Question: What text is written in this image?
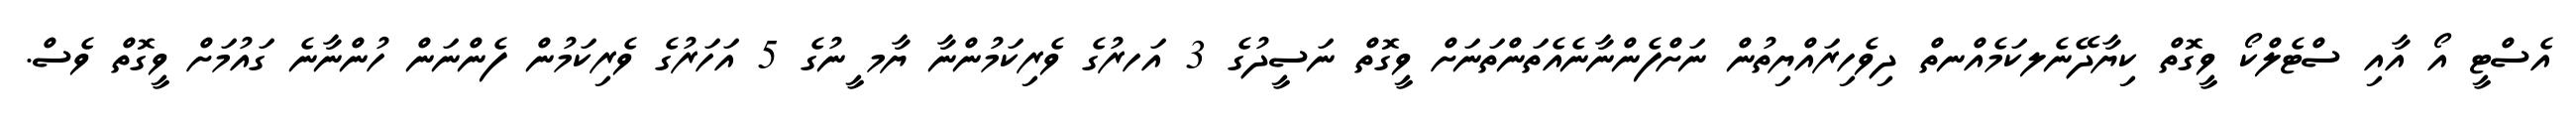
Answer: އެސްޓީ އޯ އާއި ސްޓެލްކޯ ވީގޮތް ކިޔާދޭނެލކަމެއްނތް ދިވެހިރައްޔިތުން ނަށްފެންނާނެއެތަންތަނަށް ވީގޮތް ނަސީދުގެ 3 އަހރުގެ ވެރިކަމުންނާ ޔާމ ީނުގެ 5 އަހަރުގެ ވެރިކަމުން ފެންނަން ހުންނާނެ ގައުމަށް ވީގޮތް ވެސް.